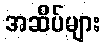
အဆိပ်များ